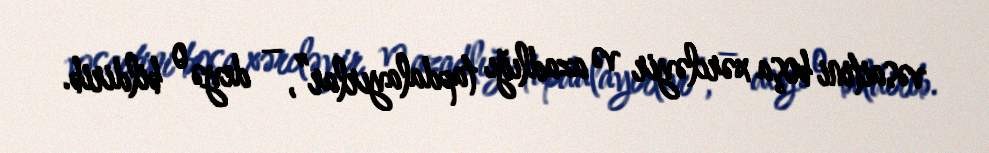
vəsaitini boşa xərcləyir və azadlığı tapdalayırlar”, – deyə o bildirib.